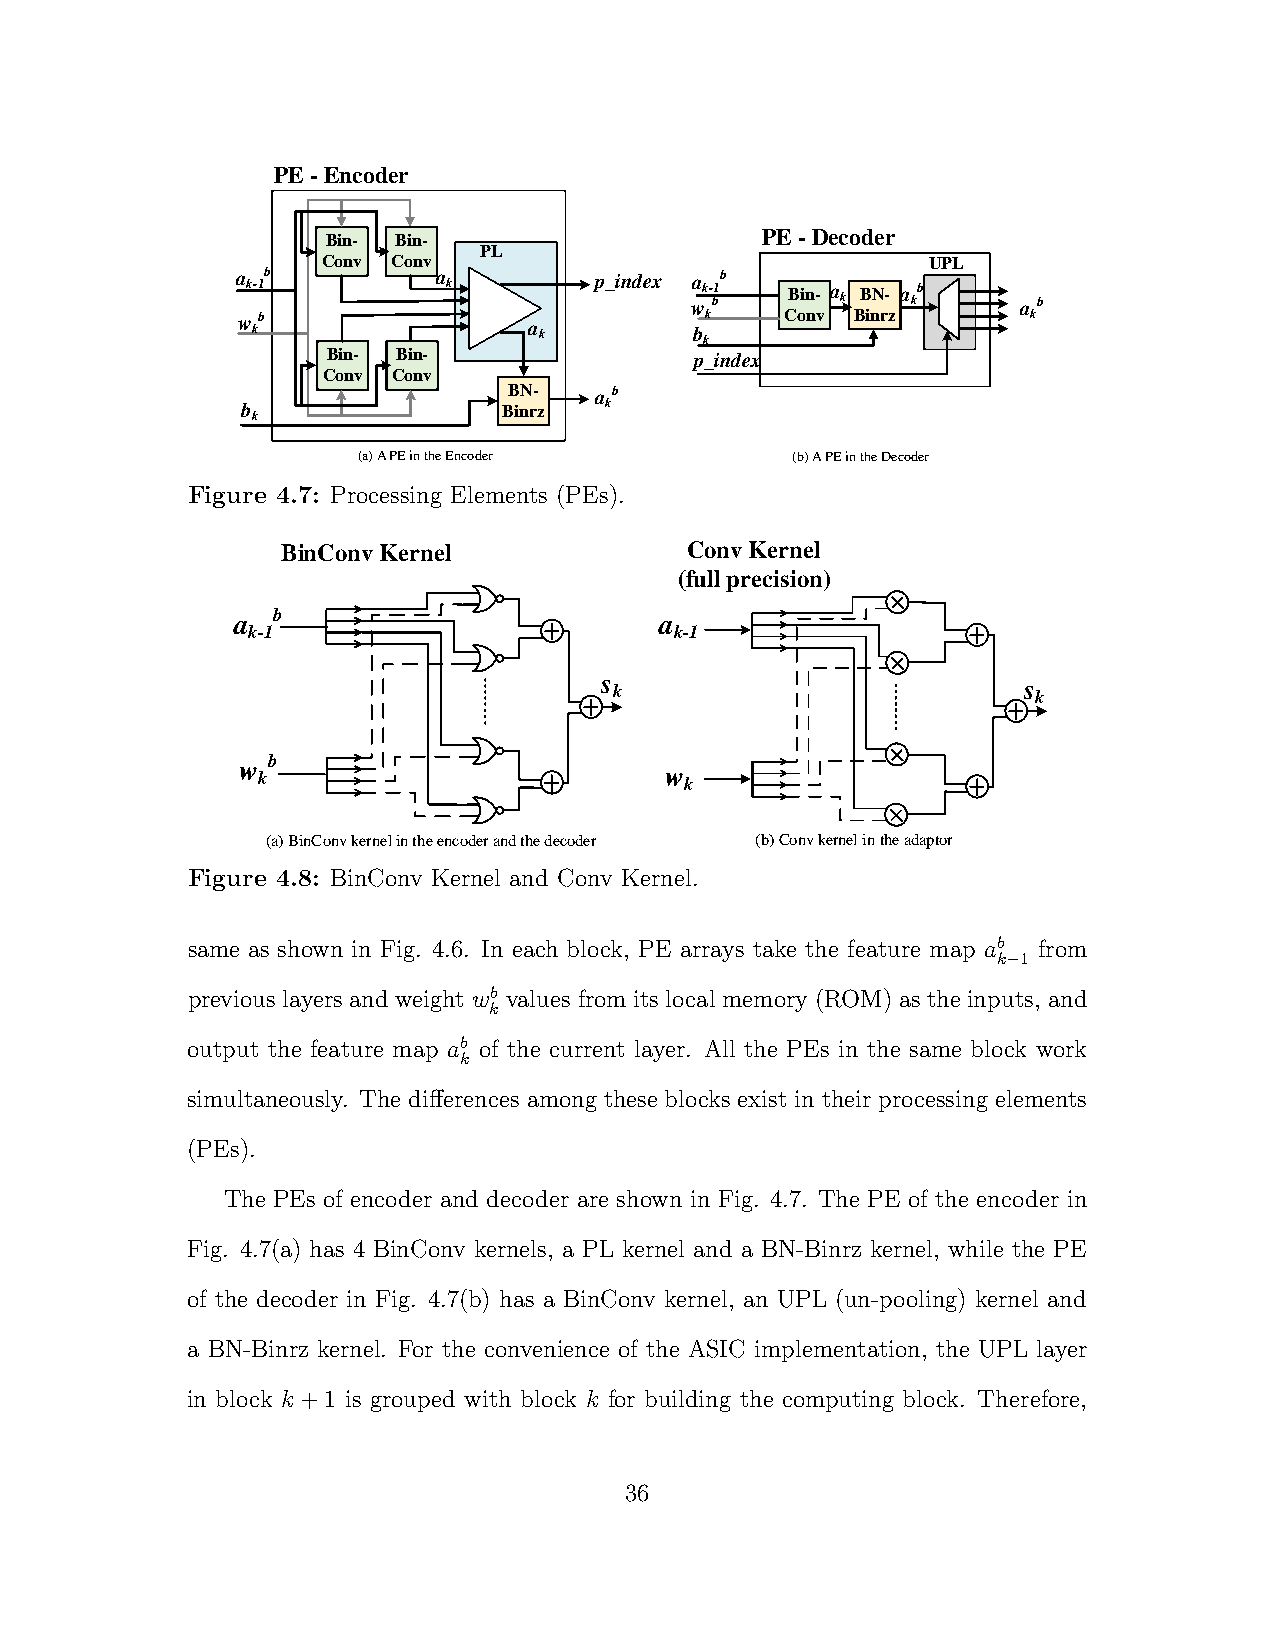
PE - Encoder
 Bin- Bin-                   PE - Decoder
 PL
 Conv Conv                               UPL
 a k-1b       a k       p_index wa k- b1b Bin- a k BN- a kb a b
 w kb               a
 k
 bk    Conv Binrz      k
 k
 Bin- Bin-               p_index
 Conv Conv
 BN-  a b
 b                Binrz  k
 k
 (a)A PE in the Encoder      (b)A PE in the Decoder
 Figure 4.7: Processing Elements (PEs).
 BinConv Kernel             Conv Kernel
 (full precision)
 a  b                         a
 k-1                          k-1
 s k                         s k
 w kb                        w
 k
 (a)BinConv kernel intheencoderandthe decoder (b)Convkernelin the adaptor
 Figure 4.8: BinConv Kernel and Conv Kernel.
 same as shown in Fig. 4.6. In each block, PE arrays take the feature map ab from
 k−1
 previous layers and weight wb values from its local memory (ROM) as the inputs, and
 k
 output the feature map ab of the current layer. All the PEs in the same block work
 k
 simultaneously. The differences among these blocks exist in their processing elements
 (PEs).
 The PEs of encoder and decoder are shown in Fig. 4.7. The PE of the encoder in
 Fig. 4.7(a) has 4 BinConv kernels, a PL kernel and a BN-Binrz kernel, while the PE
 of the decoder in Fig. 4.7(b) has a BinConv kernel, an UPL (un-pooling) kernel and
 a BN-Binrz kernel. For the convenience of the ASIC implementation, the UPL layer
 in block k +1 is grouped with block k for building the computing block. Therefore,
 36